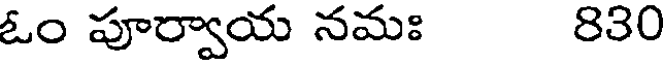
ఓం పూర్వాయ నమః 830